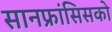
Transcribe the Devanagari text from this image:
सानफ्रांसिसको